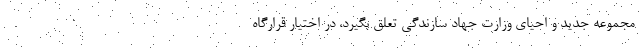
مجموعه جدید و احیای وزارت جهاد سازندگی تعلق بگیرد، در اختیار قرارگاه